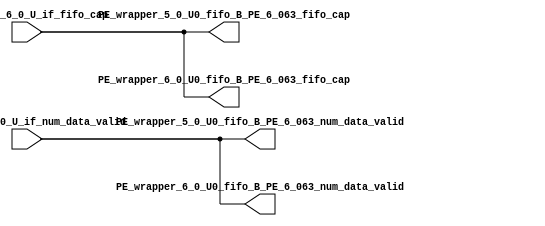
// ==================================================
// RTL generated by RapidStream
//
// Copyright 2024 RapidStream Design Automation, Inc.
// All Rights Reserved.
// ==================================================
`timescale 1 ns / 1 ps
module __rs_kernel3_aux_split_aux_128 #(
    parameter C_S_AXI_CONTROL_DATA_WIDTH  = 32,
    parameter C_S_AXI_CONTROL_ADDR_WIDTH  = 6,
    parameter C_S_AXI_DATA_WIDTH          = 32,
    parameter C_M_AXI_GMEM_A_ID_WIDTH     = 1,
    parameter C_M_AXI_GMEM_A_ADDR_WIDTH   = 64,
    parameter C_M_AXI_GMEM_A_DATA_WIDTH   = 512,
    parameter C_M_AXI_GMEM_A_AWUSER_WIDTH = 1,
    parameter C_M_AXI_GMEM_A_ARUSER_WIDTH = 1,
    parameter C_M_AXI_GMEM_A_WUSER_WIDTH  = 1,
    parameter C_M_AXI_GMEM_A_RUSER_WIDTH  = 1,
    parameter C_M_AXI_GMEM_A_BUSER_WIDTH  = 1,
    parameter C_M_AXI_GMEM_A_USER_VALUE   = 0,
    parameter C_M_AXI_GMEM_A_PROT_VALUE   = 0,
    parameter C_M_AXI_GMEM_A_CACHE_VALUE  = 3,
    parameter C_M_AXI_DATA_WIDTH          = 32,
    parameter C_M_AXI_GMEM_B_ID_WIDTH     = 1,
    parameter C_M_AXI_GMEM_B_ADDR_WIDTH   = 64,
    parameter C_M_AXI_GMEM_B_DATA_WIDTH   = 512,
    parameter C_M_AXI_GMEM_B_AWUSER_WIDTH = 1,
    parameter C_M_AXI_GMEM_B_ARUSER_WIDTH = 1,
    parameter C_M_AXI_GMEM_B_WUSER_WIDTH  = 1,
    parameter C_M_AXI_GMEM_B_RUSER_WIDTH  = 1,
    parameter C_M_AXI_GMEM_B_BUSER_WIDTH  = 1,
    parameter C_M_AXI_GMEM_B_USER_VALUE   = 0,
    parameter C_M_AXI_GMEM_B_PROT_VALUE   = 0,
    parameter C_M_AXI_GMEM_B_CACHE_VALUE  = 3,
    parameter C_M_AXI_GMEM_C_ID_WIDTH     = 1,
    parameter C_M_AXI_GMEM_C_ADDR_WIDTH   = 64,
    parameter C_M_AXI_GMEM_C_DATA_WIDTH   = 512,
    parameter C_M_AXI_GMEM_C_AWUSER_WIDTH = 1,
    parameter C_M_AXI_GMEM_C_ARUSER_WIDTH = 1,
    parameter C_M_AXI_GMEM_C_WUSER_WIDTH  = 1,
    parameter C_M_AXI_GMEM_C_RUSER_WIDTH  = 1,
    parameter C_M_AXI_GMEM_C_BUSER_WIDTH  = 1,
    parameter C_M_AXI_GMEM_C_USER_VALUE   = 0,
    parameter C_M_AXI_GMEM_C_PROT_VALUE   = 0,
    parameter C_M_AXI_GMEM_C_CACHE_VALUE  = 3,
    parameter C_S_AXI_CONTROL_WSTRB_WIDTH = 4,
    parameter C_S_AXI_WSTRB_WIDTH         = 4,
    parameter C_M_AXI_GMEM_A_WSTRB_WIDTH  = 64,
    parameter C_M_AXI_WSTRB_WIDTH         = 4,
    parameter C_M_AXI_GMEM_B_WSTRB_WIDTH  = 64,
    parameter C_M_AXI_GMEM_C_WSTRB_WIDTH  = 64
) (
    output wire [1:0] PE_wrapper_5_0_U0_fifo_B_PE_6_063_fifo_cap,
    output wire [1:0] PE_wrapper_5_0_U0_fifo_B_PE_6_063_num_data_valid,
    output wire [1:0] PE_wrapper_6_0_U0_fifo_B_PE_6_063_fifo_cap,
    output wire [1:0] PE_wrapper_6_0_U0_fifo_B_PE_6_063_num_data_valid,
    input wire  [1:0] fifo_B_PE_6_0_U_if_fifo_cap,
    input wire  [1:0] fifo_B_PE_6_0_U_if_num_data_valid
);
assign PE_wrapper_5_0_U0_fifo_B_PE_6_063_fifo_cap = fifo_B_PE_6_0_U_if_fifo_cap;
assign PE_wrapper_5_0_U0_fifo_B_PE_6_063_num_data_valid = fifo_B_PE_6_0_U_if_num_data_valid;
assign PE_wrapper_6_0_U0_fifo_B_PE_6_063_fifo_cap = fifo_B_PE_6_0_U_if_fifo_cap;
assign PE_wrapper_6_0_U0_fifo_B_PE_6_063_num_data_valid = fifo_B_PE_6_0_U_if_num_data_valid;
endmodule